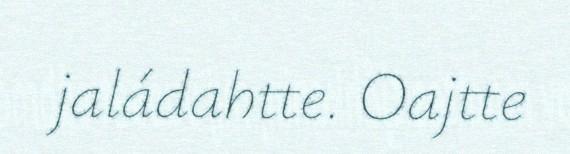
jaládahtte. Oajtte